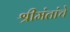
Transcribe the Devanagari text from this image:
श्रीमंतांचे